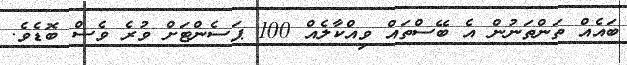
ބައެއް ތަންތަނުން އެ ބޭސްތައް ވިއްކާލެއް 100 ޕަސެންޓަށް ވުރެ ވެސް ބޮޑެވެ.